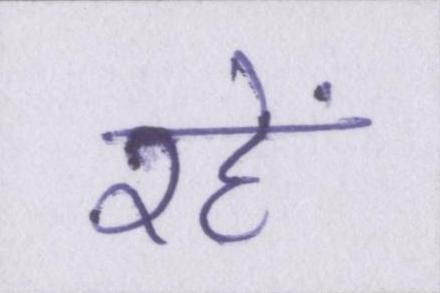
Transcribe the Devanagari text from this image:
रहें